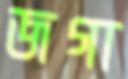
জগা